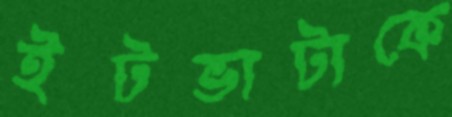
ইটভাটাকে